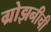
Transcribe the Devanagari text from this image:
ग्रोझनीची